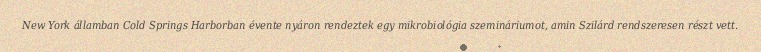
New York államban Cold Springs Harborban évente nyáron rendeztek egy mikrobiológia szemináriumot, amin Szilárd rendszeresen részt vett.